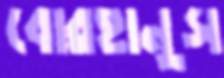
বোরহানুস